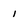
Character: 1